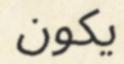
يكون